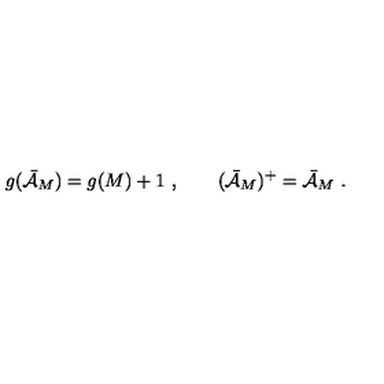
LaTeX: g ( \bar { \cal { A } } _ { M } ) = g ( M ) + 1 \ , \qquad ( \bar { \cal { A } } _ { M } ) ^ { + } = \bar { \cal { A } } _ { M } \ .